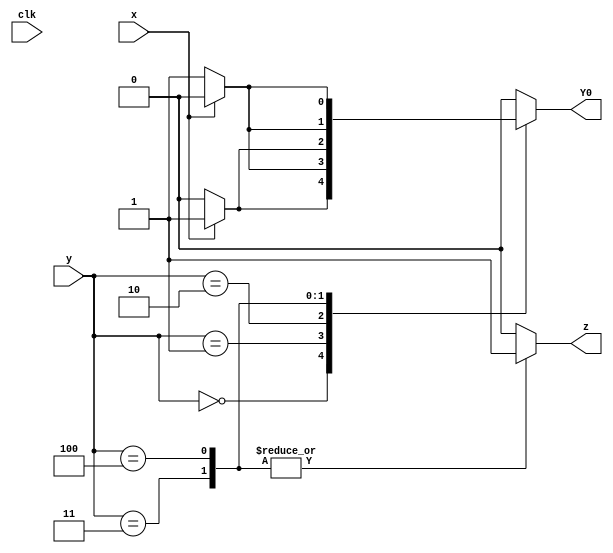
//2023_7_9 kerong
//FSM logic
module top_module (
    input clk,
    input [2:0] y,
    input x,
    output Y0,
    output z
);
    reg [2:0] reg_Y0;
    reg reg_z;
    
    assign Y0 = reg_Y0[0];
    assign z = reg_z;

    always @(*) begin
        case(y)
            3'b000:reg_Y0 = x ? 3'b001 : 3'b000;
            3'b001:reg_Y0 = x ? 3'b100 : 3'b001;
            3'b010:reg_Y0 = x ? 3'b001 : 3'b010;
            3'b011:reg_Y0 = x ? 3'b010 : 3'b001;
            3'b100:reg_Y0 = x ? 3'b100 : 3'b011;
            default:reg_Y0 = 3'b000;
        endcase    
    end

    always@(*)begin
        case(y)
            3'b000:reg_z = 1'b0;
            3'b001:reg_z = 1'b0;
            3'b010:reg_z = 1'b0;
            3'b011:reg_z = 1'b1;
            3'b100:reg_z = 1'b1;
            default:reg_z = 1'b0;
        endcase
    end

endmodule